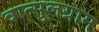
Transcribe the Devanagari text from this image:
वात्सुलग्राम